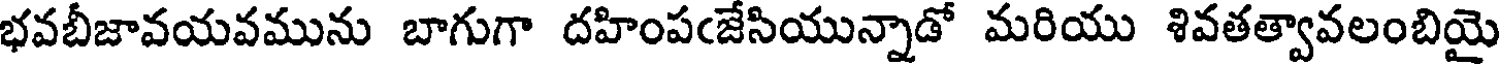
భవబీజావయవమును బాగుగా దహింపఁజేసియున్నాడో మరియు శివతత్వావలంబియై